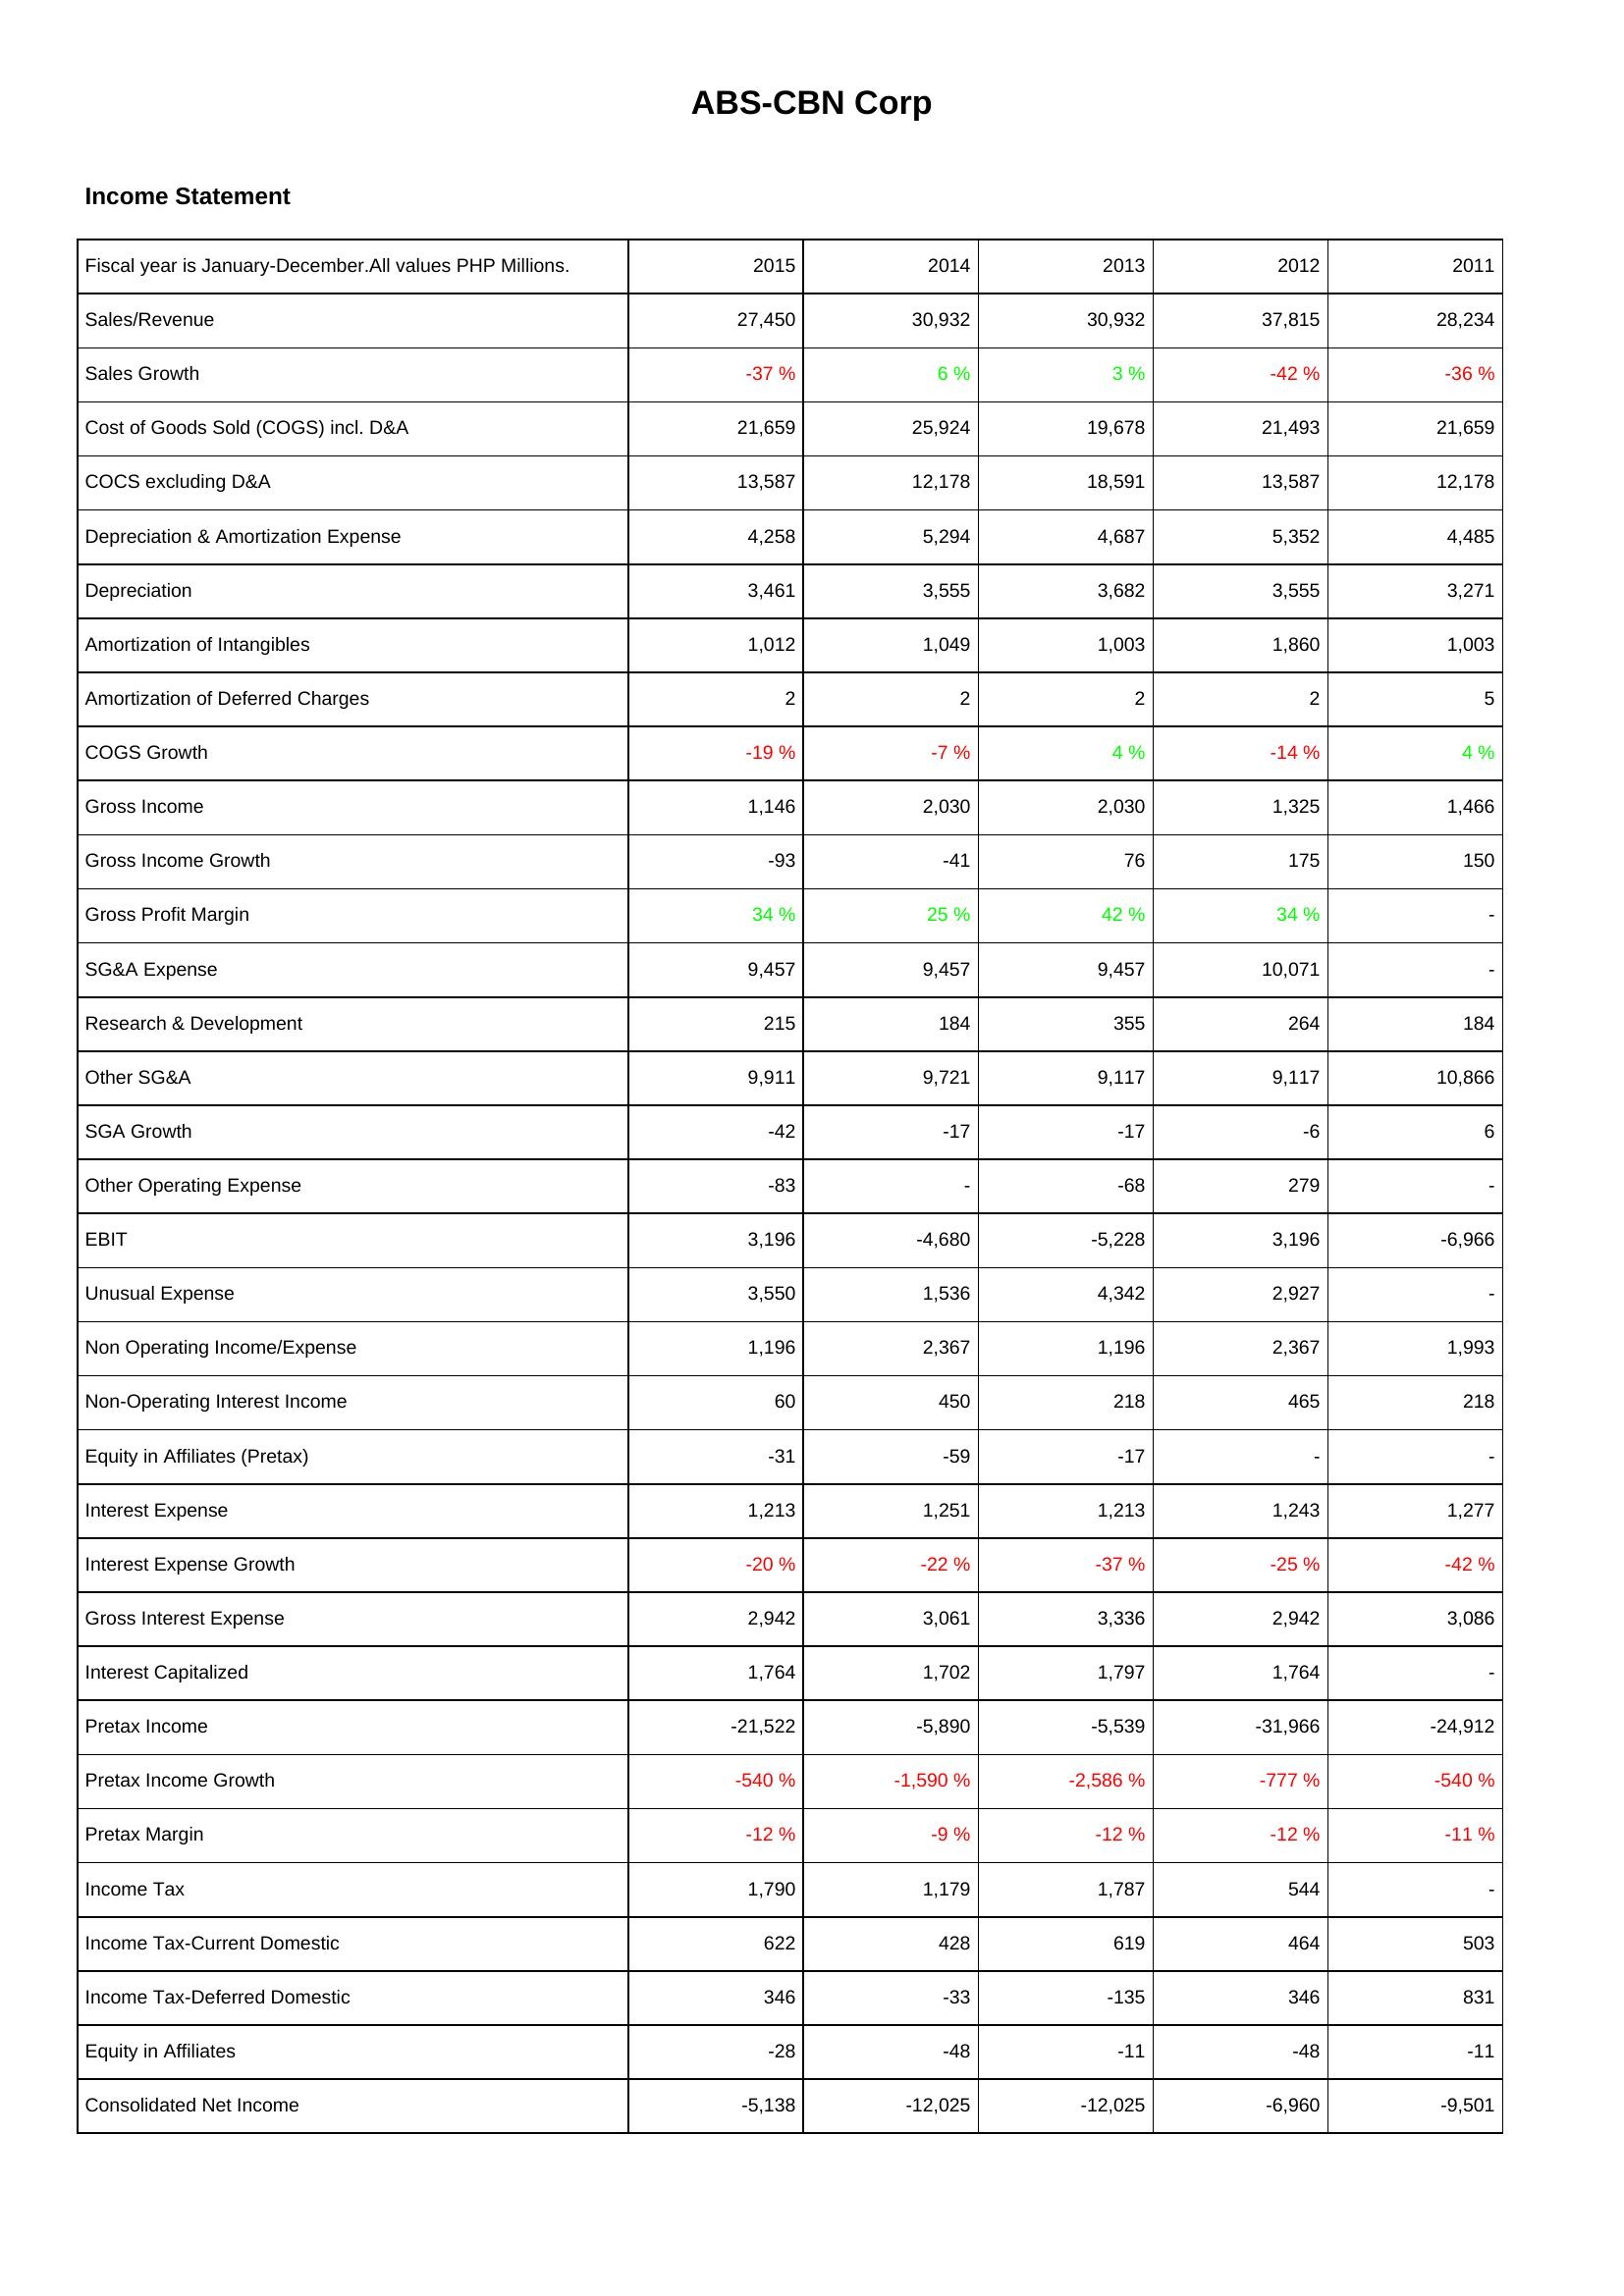
2015: Income Statement: Sales/Revenue: 27,450
Sales Growth: -37 %
Cost of Goods Sold (COGS) incl. D&A: 21,659
COCS excluding D&A: 13,587
Depreciation & Amortization Expense: 4,258
Depreciation: 3,461
Amortization of Intangibles: 1,012
Amortization of Deferred Charges: 2
COGS Growth: -19 %
Gross Income: 1,146
Gross Income Growth: -93
Gross Profit Margin: 34 %
SG&A Expense: 9,457
Research & Development: 215
Other SG&A: 9,911
SGA Growth: -42
Other Operating Expense: -83
EBIT: 3,196
Unusual Expense: 3,550
Non Operating Income/Expense: 1,196
Non-Operating Interest Income: 60
Equity in Affiliates (Pretax): -31
Interest Expense: 1,213
Interest Expense Growth: -20 %
Gross Interest Expense: 2,942
Interest Capitalized: 1,764
Pretax Income: -21,522
Pretax Income Growth: -540 %
Pretax Margin: -12 %
Income Tax: 1,790
Income Tax-Current Domestic: 622
Income Tax-Deferred Domestic: 346
Equity in Affiliates: -28
Consolidated Net Income: -5,138
2014: Income Statement: Sales/Revenue: 30,932
Sales Growth: 6 %
Cost of Goods Sold (COGS) incl. D&A: 25,924
COCS excluding D&A: 12,178
Depreciation & Amortization Expense: 5,294
Depreciation: 3,555
Amortization of Intangibles: 1,049
Amortization of Deferred Charges: 2
COGS Growth: -7 %
Gross Income: 2,030
Gross Income Growth: -41
Gross Profit Margin: 25 %
SG&A Expense: 9,457
Research & Development: 184
Other SG&A: 9,721
SGA Growth: -17
Other Operating Expense: -
EBIT: -4,680
Unusual Expense: 1,536
Non Operating Income/Expense: 2,367
Non-Operating Interest Income: 450
Equity in Affiliates (Pretax): -59
Interest Expense: 1,251
Interest Expense Growth: -22 %
Gross Interest Expense: 3,061
Interest Capitalized: 1,702
Pretax Income: -5,890
Pretax Income Growth: -1,590 %
Pretax Margin: -9 %
Income Tax: 1,179
Income Tax-Current Domestic: 428
Income Tax-Deferred Domestic: -33
Equity in Affiliates: -48
Consolidated Net Income: -12,025
2013: Income Statement: Sales/Revenue: 30,932
Sales Growth: 3 %
Cost of Goods Sold (COGS) incl. D&A: 19,678
COCS excluding D&A: 18,591
Depreciation & Amortization Expense: 4,687
Depreciation: 3,682
Amortization of Intangibles: 1,003
Amortization of Deferred Charges: 2
COGS Growth: 4 %
Gross Income: 2,030
Gross Income Growth: 76
Gross Profit Margin: 42 %
SG&A Expense: 9,457
Research & Development: 355
Other SG&A: 9,117
SGA Growth: -17
Other Operating Expense: -68
EBIT: -5,228
Unusual Expense: 4,342
Non Operating Income/Expense: 1,196
Non-Operating Interest Income: 218
Equity in Affiliates (Pretax): -17
Interest Expense: 1,213
Interest Expense Growth: -37 %
Gross Interest Expense: 3,336
Interest Capitalized: 1,797
Pretax Income: -5,539
Pretax Income Growth: -2,586 %
Pretax Margin: -12 %
Income Tax: 1,787
Income Tax-Current Domestic: 619
Income Tax-Deferred Domestic: -135
Equity in Affiliates: -11
Consolidated Net Income: -12,025
2012: Income Statement: Sales/Revenue: 37,815
Sales Growth: -42 %
Cost of Goods Sold (COGS) incl. D&A: 21,493
COCS excluding D&A: 13,587
Depreciation & Amortization Expense: 5,352
Depreciation: 3,555
Amortization of Intangibles: 1,860
Amortization of Deferred Charges: 2
COGS Growth: -14 %
Gross Income: 1,325
Gross Income Growth: 175
Gross Profit Margin: 34 %
SG&A Expense: 10,071
Research & Development: 264
Other SG&A: 9,117
SGA Growth: -6
Other Operating Expense: 279
EBIT: 3,196
Unusual Expense: 2,927
Non Operating Income/Expense: 2,367
Non-Operating Interest Income: 465
Equity in Affiliates (Pretax): -
Interest Expense: 1,243
Interest Expense Growth: -25 %
Gross Interest Expense: 2,942
Interest Capitalized: 1,764
Pretax Income: -31,966
Pretax Income Growth: -777 %
Pretax Margin: -12 %
Income Tax: 544
Income Tax-Current Domestic: 464
Income Tax-Deferred Domestic: 346
Equity in Affiliates: -48
Consolidated Net Income: -6,960
2011: Income Statement: Sales/Revenue: 28,234
Sales Growth: -36 %
Cost of Goods Sold (COGS) incl. D&A: 21,659
COCS excluding D&A: 12,178
Depreciation & Amortization Expense: 4,485
Depreciation: 3,271
Amortization of Intangibles: 1,003
Amortization of Deferred Charges: 5
COGS Growth: 4 %
Gross Income: 1,466
Gross Income Growth: 150
Gross Profit Margin: -
SG&A Expense: -
Research & Development: 184
Other SG&A: 10,866
SGA Growth: 6
Other Operating Expense: -
EBIT: -6,966
Unusual Expense: -
Non Operating Income/Expense: 1,993
Non-Operating Interest Income: 218
Equity in Affiliates (Pretax): -
Interest Expense: 1,277
Interest Expense Growth: -42 %
Gross Interest Expense: 3,086
Interest Capitalized: -
Pretax Income: -24,912
Pretax Income Growth: -540 %
Pretax Margin: -11 %
Income Tax: -
Income Tax-Current Domestic: 503
Income Tax-Deferred Domestic: 831
Equity in Affiliates: -11
Consolidated Net Income: -9,501